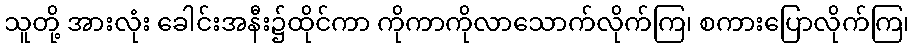
သူတို့ အားလုံး ခေါင်းအနီး၌ထိုင်ကာ ကိုကာကိုလာသောက်လိုက်ကြ၊ စကားပြောလိုက်ကြ၊